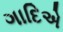
ગાદિએ